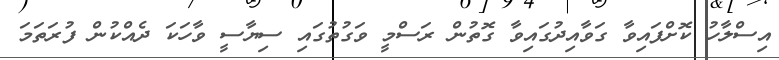
އިސްލާހު ކޮށްފައިވާ ގަވާއިދުގައިވާ ގޮތުން ރަސްމީ ވަގުތުގައި ސިޔާސީ ވާހަކަ ދެއްކުން ފުރަތަމަ